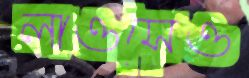
লাওসেও